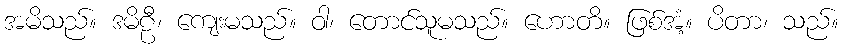
အမိသည်။ ဒမိဠီ၊ ကျေးမသည်။ ဝါ၊ တောင်သူမသည်။ ဟောတိ။ ဖြစ်အံ့။ ပိတာ၊ သည်။